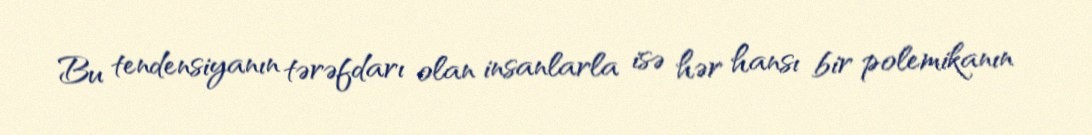
Bu tendensiyanın tərəfdarı olan insanlarla isə hər hansı bir polemikanın